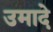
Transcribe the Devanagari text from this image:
उमादे